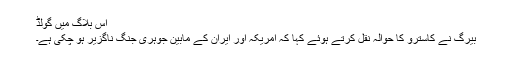
اس بلاگ میں گولڈ
بیرگ نے کاسترو کا حوالہ نقل کرتے ہوئے کہا کہ امریکہ اور ایران کے مابین جوہری جنگ ناگزیر ہو چکی ہے۔